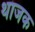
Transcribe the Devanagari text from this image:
थाजक